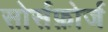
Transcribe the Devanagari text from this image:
सोर्सफ़ोर्ज